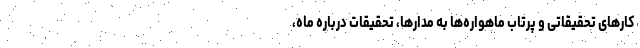
کارهای تحقیقاتی و پرتاب ماهواره‌ها به مدارها، تحقیقات درباره ماه،